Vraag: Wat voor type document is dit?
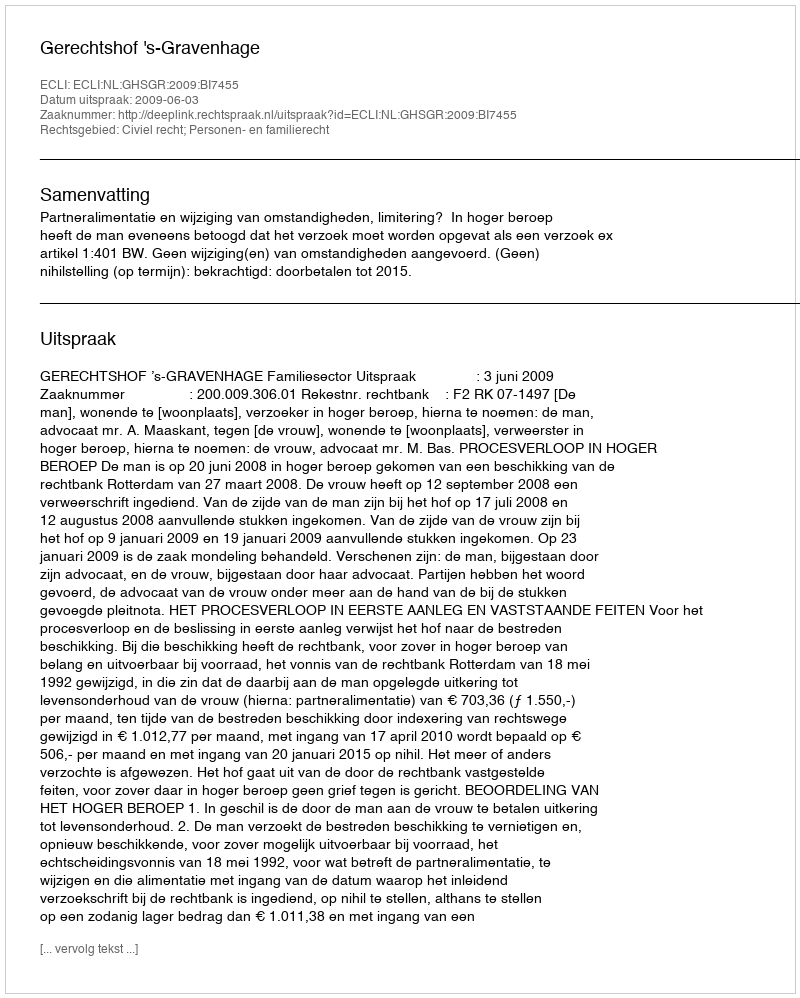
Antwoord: Uitspraak